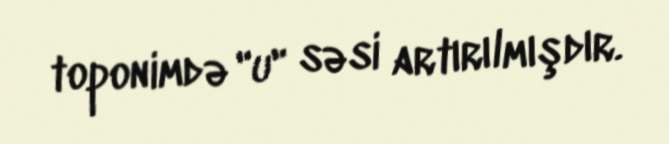
toponimdə "u" səsi artırılmışdır.